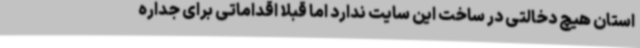
استان هیچ دخالتی در ساخت این سایت ندارد اما قبلاً اقداماتی برای جداره